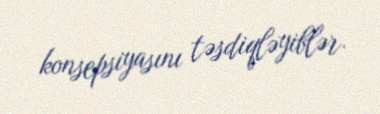
konsepsiyasını təsdiqləyiblər.